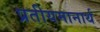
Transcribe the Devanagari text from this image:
प्रतीयमानार्थ